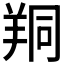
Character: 𦍻